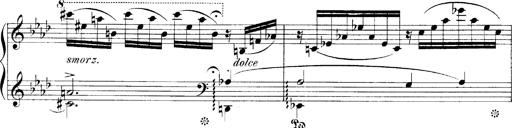
Title: LiebestrÃ¤ume
Composer: Franz Behr
Key: E-flat major